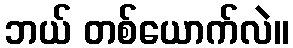
ဘယ် တစ်ယောက်လဲ။